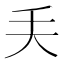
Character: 𠂕